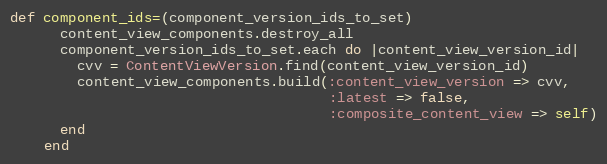
Language: Ruby
def component_ids=(component_version_ids_to_set)
      content_view_components.destroy_all
      component_version_ids_to_set.each do |content_view_version_id|
        cvv = ContentViewVersion.find(content_view_version_id)
        content_view_components.build(:content_view_version => cvv,
                                      :latest => false,
                                      :composite_content_view => self)
      end
    end